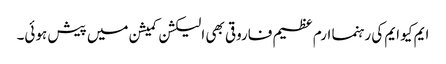
ایم کیو ایم کی رہنما ارم عظیم فاروقی بھی الیکشن کمیشن میں پیش ہوئی۔